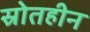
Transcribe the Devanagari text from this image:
स्रोतहीन